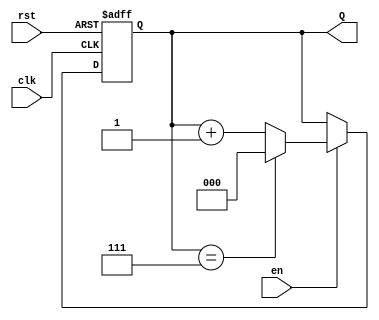
module binary_up_counter #(
    parameter N = 3  // Parameter to define the number of bits
)(
    input wire clk,   // Clock input
    input wire rst,   // Asynchronous reset
    input wire en,    // Enable input
    output reg [N-1:0] Q  // N-bit output for count value
);

// Asynchronous reset and counting logic
always @(posedge clk or posedge rst) begin
    if (rst) begin
        Q <= 0;  // Reset count to 0
    end else if (en) begin
        if (Q == (1 << N) - 1) begin
            Q <= 0;  // Wrap around to 0 if maximum count is reached
        end else begin
            Q <= Q + 1;  // Increment count
        end
    end
    // If en is low, retain current count value (no action needed)
end

endmodule